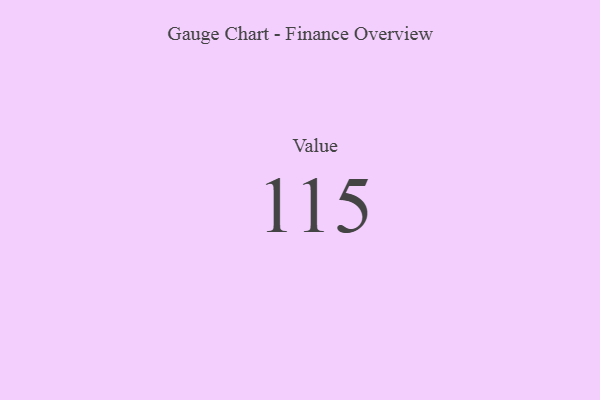
{"axis": {"x": "Metric", "y": "Value"}, "legend": [""], "data": [{"x": "Value", "y": 115, "type": ""}]}